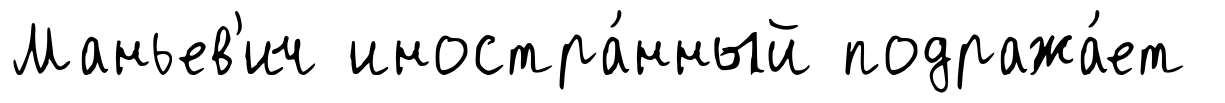
Маньев'ич иностра́нный подража́ет